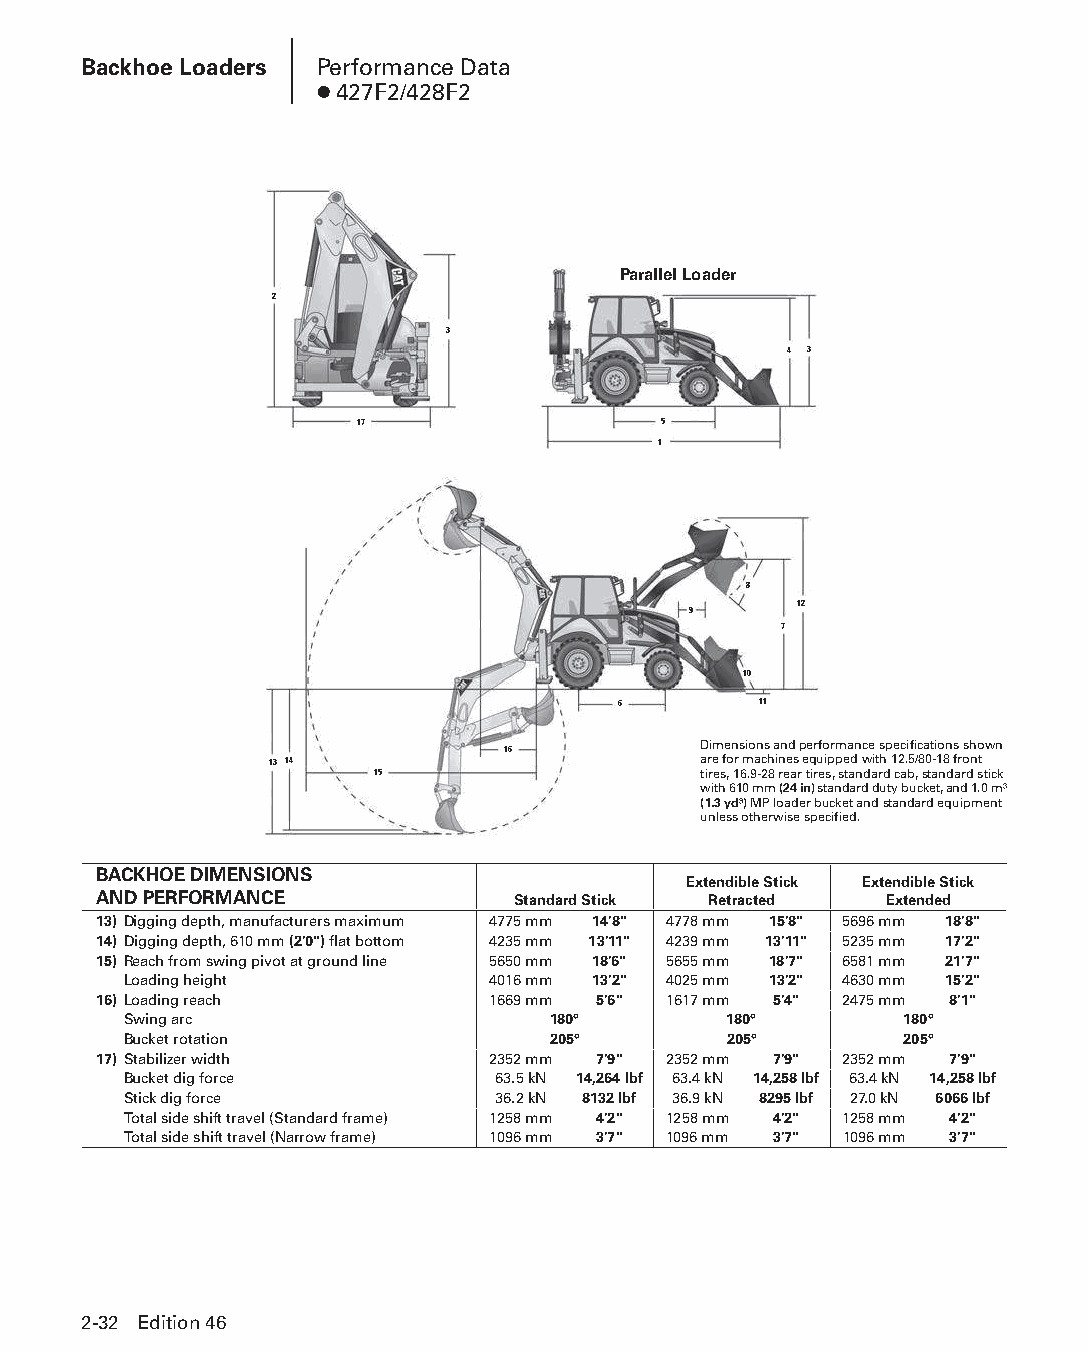
Backhoe Loaders Performance Data
 ● 427F2/428F2
 Parallel Loader
 2
 3
 4 3
 17                  5
 1
 8
 9      12
 7
 10
 6         11
 Dimensions and performance specifications shown
 16
 13 14                        are for machines equipped with 12.5/80-18 front
 15                    tires, 16.9-28 rear tires, standard cab, standard stick
 with 610 mm (24 in) standard duty bucket, and 1.0 m3
 (1.3 yd3) MP loader bucket and standard equipment
 unless otherwise specified.
 BACKHOE DIMENSIONS
 Extendible Stick Extendible Stick
 AND PERFORMANCE            Standard Stick Retracted Extended
 13) Digging depth, manufacturers maximum 4775 mm 14'8" 4778 mm 15'8" 5696 mm 18'8"
 14) Digging depth, 610 mm (2'0") flat bottom 4235 mm 13'11" 4239 mm 13'11" 5235 mm 17'2"
 15) Reach from swing pivot at ground line 5650 mm 18'6" 5655 mm 18'7" 6581 mm 21'7"
 Loading height          4016 mm 13'2" 4025 mm 13'2" 4630 mm 15'2"
 16) Loading reach         1669 mm 5'6" 1617 mm 5'4" 2475 mm 8'1"
 Swing arc                   180°       180°        180°
 Bucket rotation             205°       205°        205°
 17) Stabilizer width      2352 mm 7'9" 2352 mm 7'9" 2352 mm 7'9"
 Bucket dig force        63.5 kN 14,264 lbf 63.4 kN 14,258 lbf 63.4 kN 14,258 lbf
 Stick dig force         36.2 kN 8132 lbf 36.9 kN 8295 lbf 27.0 kN 6066 lbf
 Total side shift travel (Standard frame) 1258 mm 4'2" 1258 mm 4'2" 1258 mm 4'2"
 Total side shift travel (Narrow frame) 1096 mm 3'7" 1096 mm 3'7" 1096 mm 3'7"
 2-32 Edition 46
 PPHHBB--SSeecc0022--1166..iinndddd 3322                        1122//44//1155 1100::2255 AAMM